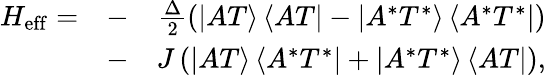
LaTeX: \begin{array}{rlr}{H_{\mathrm{eff}}=}&{-}&{\frac{\Delta}{2}\left(\left|AT\right\rangle\left\langle AT\right|-\left|A^{*}T^{*}\right\rangle\left\langle A^{*}T^{*}\right|\right)}\\ &{-}&{J\left(\left|AT\right\rangle\left\langle A^{*}T^{*}\right|+\left|A^{*}T^{*}\right\rangle\left\langle AT\right|\right),}\end{array}